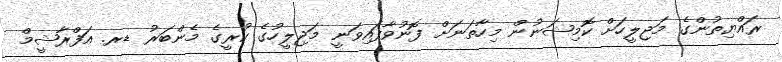
ރައްޔިތުންގެ މަޖިލީހަށް ކޮމިޝަނުން މިހާތަނަށް ފޮނުވާފައިވަނީ މަޖިލީހުގެ ކުރީގެ މެންބަރު ޑރ. އަފްރާޝީމް